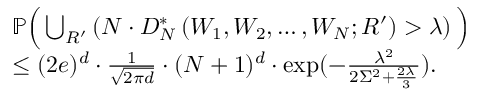
\begin{array} { r l } & { \mathbb { P } \Big ( \bigcup _ { R ^ { \prime } } \left( N \cdot D _ { N } ^ { * } \left( W _ { 1 } , W _ { 2 } , \ldots , W _ { N } ; R ^ { \prime } \right) > \lambda \right) \Big ) } \\ & { \leq ( 2 e ) ^ { d } \cdot \frac { 1 } { \sqrt { 2 \pi d } } \cdot ( N + 1 ) ^ { d } \cdot \exp ( - \frac { \lambda ^ { 2 } } { 2 \Sigma ^ { 2 } + \frac { 2 \lambda } { 3 } } ) . } \end{array}